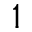
_ 1